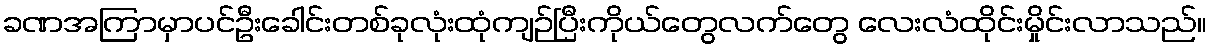
ခဏအကြာမှာပင်ဦးခေါင်းတစ်ခုလုံးထုံကျဉ်ပြီးကိုယ်တွေလက်တွေ လေးလံထိုင်းမှိုင်းလာသည်။